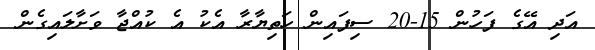
އަދި އޭގެ ފަހުން 15-20 ސިފައިން ހަތިޔާރާ އެކު އެ ކުއްޖާ ވަށާލައިގެން